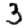
Digit: 3